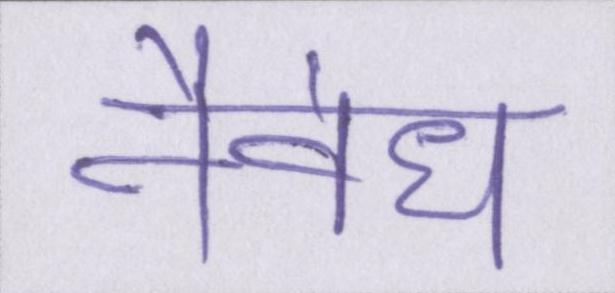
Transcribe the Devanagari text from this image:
नैवेद्य